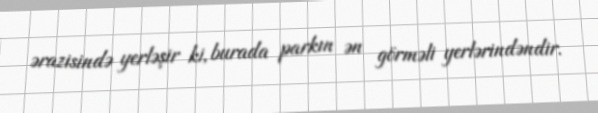
ərazisində yerləşir ki, burada parkın ən görməli yerlərindəndir.